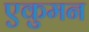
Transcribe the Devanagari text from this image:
एकुमन